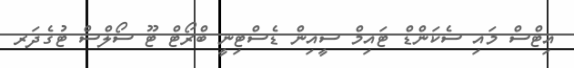
އިޓްސް މައި ސެކަންޑް ޓައިމް ސީއިން ޑެސްޓިނީ ބްރޯޓް ޓޫ ސޯލްސް ޓުގެދަރ